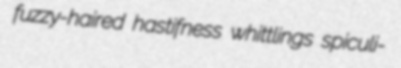
fuzzy-haired hastifness whittlings spiculi-